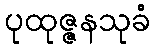
ပုထုဇ္ဇနသုခံ